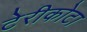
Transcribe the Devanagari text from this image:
टेरीकोटा